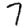
Digit: 7